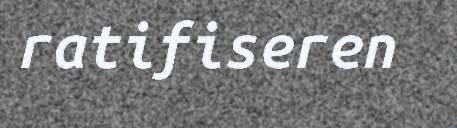
ratifiseren